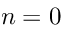
n = 0